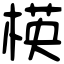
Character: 楧